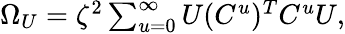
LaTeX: \begin{array}{r}{\Omega_{U}=\zeta^{2}\sum_{u=0}^{\infty}{U(C^{u})^{T}C^{u}U},}\end{array}